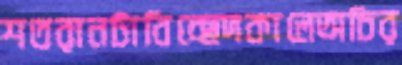
শতরানটাবিচ্ছেদকালেঅচির